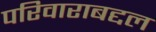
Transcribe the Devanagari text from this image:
परिवाराबद्दल